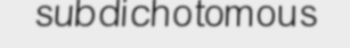
subdichotomous